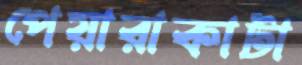
পেয়ারাকাটা